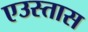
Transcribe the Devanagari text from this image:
एउस्तास